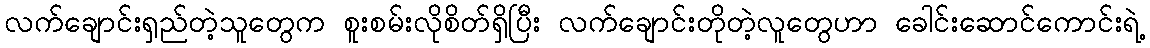
လက်ချောင်းရှည်တဲ့သူတွေက စူးစမ်းလိုစိတ်ရှိပြီး လက်ချောင်းတိုတဲ့လူတွေဟာ ခေါင်းဆောင်ကောင်းရဲ့